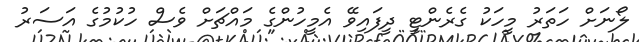
ލޯނަށް ހަތަރު މީހަކު ގެރެންޓީ ދީފައިވޭ އެމީހުންގެ މައްޗަށް ވެސް ހުކުމުގެ އަސަރު